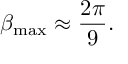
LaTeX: \beta _ { \mathrm { m a x } } \approx \frac { 2 \pi } { 9 } .